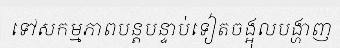
ទៅសកម្មភាពបន្តបន្ទាប់ទៀតចង្អុលបង្ហាញ